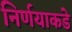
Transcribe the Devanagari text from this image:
निर्णयाकडे